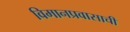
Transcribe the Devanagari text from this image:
विमानप्रवासाची